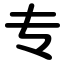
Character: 专